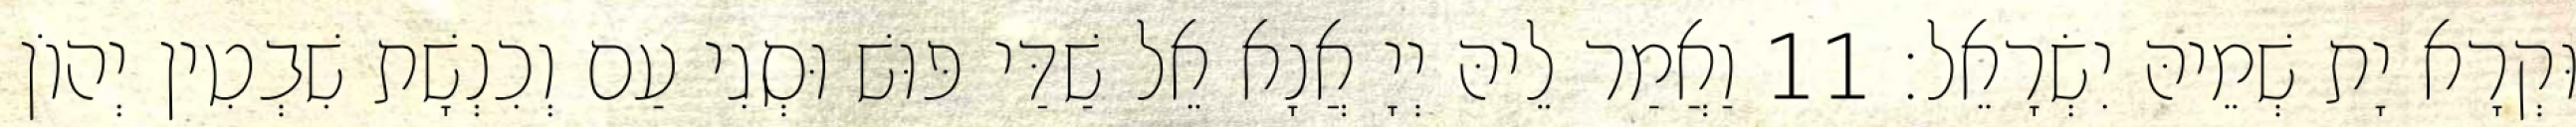
וּקְרָא יָת שְׁמֵיהּ יִשְׂרָאֵל׃ 11 וַאֲמַר לֵיהּ יְיָ אֲנָא אֵל שַׁדַּי פּוּשׁ וּסְגִי עַם וְכִנְשָׁת שִׁבְטִין יְהוֹן